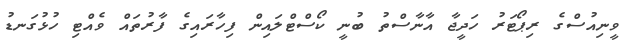
ވީނިއުސްގެ ރިޕޯޓަރު ހަދީޖާ އާނާސްތު ބުނީ ކޯސްޓްލައިން ފިހާރައިގެ ފާރުތައް ވެއްޓި ހުޅުގަނޑު